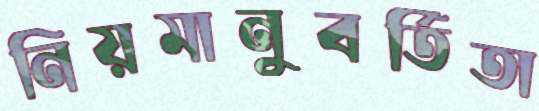
নিয়মানুবর্তিতা